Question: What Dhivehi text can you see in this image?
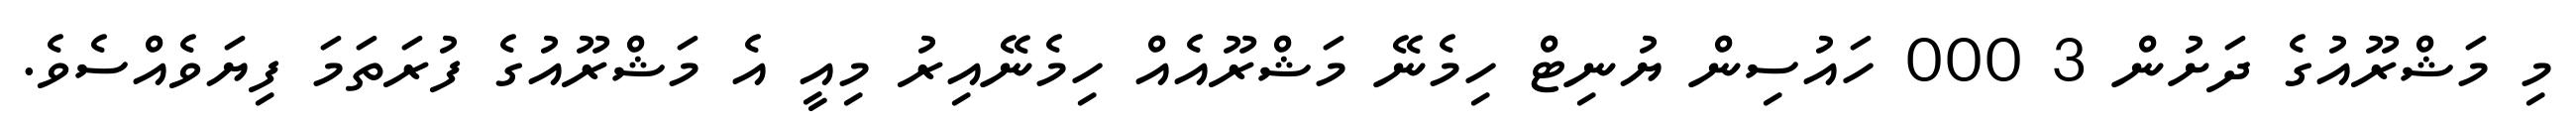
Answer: މި މަޝްރޫއުގެ ދަށުން 3 000 ހައުސިން ޔުނިޓް ހިމެނޭ މަޝްރޫއެއް ހިމެނޭއިރު މިއީ އެ މަޝްރޫއުގެ ފުރަތަމަ ފިޔަވެއްސެވެ.